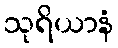
သုရိယာနံ